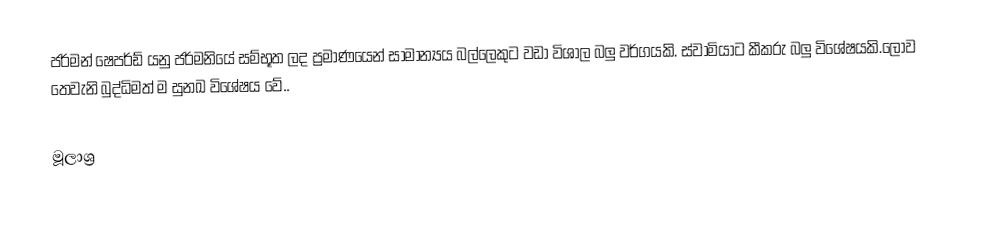
ජර්මන් ෂෙපර්ඩ් යනු ජර්මනියේ සම්භූත ලද ප්‍රමාණයෙන් සාමාන්‍යය බල්ලෙකුට වඩා විශාල බලු වර්ගයකි. ස්වාමියාට කීකරු බලු විශේෂයකි.ලොව තෙවැනි බුද්ධිමත් ම සුනඛ විශේෂය වේ..

මූලාශ්‍ර